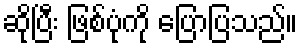
ဆိုပြီး ဖြစ်ပုံကို ပြောပြသည်။